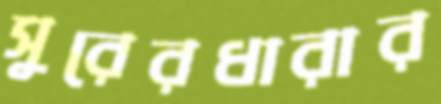
সুরেরধারার